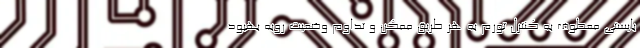
بایستی معطوف به کنترل تورم به هر طریق ممکن و تداوم وضعیت روبه بهبود